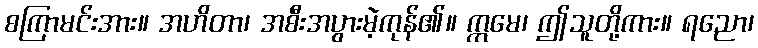
စကြာမင်းအား။ အဟိတာ၊ အစီးအပွားမဲ့ကုန်၏။ ဣမေ၊ ဤသူတို့ကား။ ရညော၊